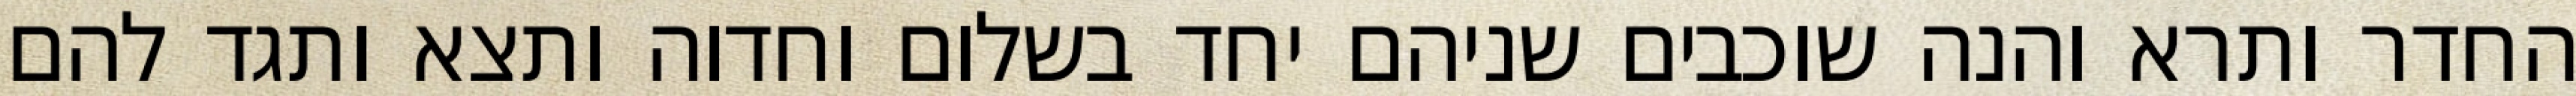
החדר ותרא והנה שוכבים שניהם יחד בשלום וחדוה ותצא ותגד להם